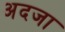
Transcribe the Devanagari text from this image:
अदजा